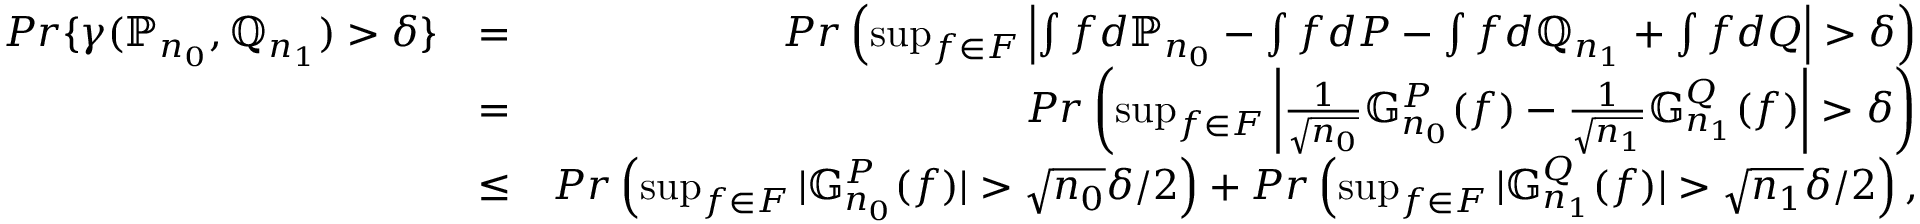
\begin{array} { r l r } { P r \{ \gamma ( \mathbb { P } _ { n _ { 0 } } , \mathbb { Q } _ { n _ { 1 } } ) > \delta \} } & { = } & { P r \left( \operatorname* { s u p } _ { f \in { \cal F } } \left| \int f d \mathbb { P } _ { n _ { 0 } } - \int f d P - \int f d \mathbb { Q } _ { n _ { 1 } } + \int { f d Q } \right| > \delta \right) } \\ & { = } & { P r \left( \operatorname* { s u p } _ { f \in { \cal F } } \left| \frac { 1 } { \sqrt { n _ { 0 } } } \mathbb { G } _ { n _ { 0 } } ^ { P } ( f ) - \frac { 1 } { \sqrt { n _ { 1 } } } \mathbb { G } _ { n _ { 1 } } ^ { Q } ( f ) \right| > \delta \right) } \\ & { \leq } & { P r \left( \operatorname* { s u p } _ { f \in { \cal F } } | \mathbb { G } _ { n _ { 0 } } ^ { P } ( f ) | > \sqrt { n _ { 0 } } \delta / 2 \right) + P r \left( \operatorname* { s u p } _ { f \in { \cal F } } | \mathbb { G } _ { n _ { 1 } } ^ { Q } ( f ) | > \sqrt { n _ { 1 } } \delta / 2 \right) , } \end{array}